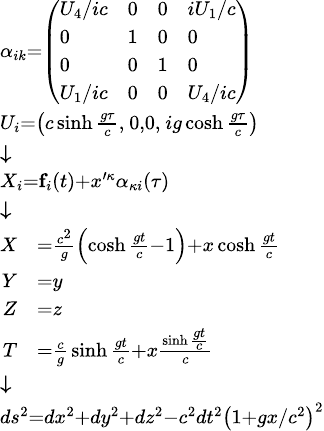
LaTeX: \scriptstyle{\begin{array}{l}{\alpha_{ik}=\left({\begin{array}{llll}{U_{4}/ic}&{0}&{0}&{iU_{1}/c}\\ {0}&{1}&{0}&{0}\\ {0}&{0}&{1}&{0}\\ {U_{1}/ic}&{0}&{0}&{U_{4}/ic}\end{array}}\right)}\\ {U_{i}=\left(c\sinh{\frac{g\tau}{c}},\ 0,0,\ ig\cosh{\frac{g\tau}{c}}\right)}\\ {{\boldsymbol{\downarrow}}}\\ {X_{i}=\mathbf{f}_{i}(t)+x^{\prime\kappa}\alpha_{\kappa i}(\tau)}\\ {{\boldsymbol{\downarrow}}}\\ {{\begin{array}{rl}{X}&{={\frac{c^{2}}{g}}\left(\cosh{\frac{gt}{c}}-1\right)+x\cosh{\frac{gt}{c}}}\\ {Y}&{=y}\\ {Z}&{=z}\\ {T}&{={\frac{c}{g}}\sinh{\frac{gt}{c}}+x{\frac{\sinh{\frac{gt}{c}}}{c}}}\end{array}}}\\ {{\boldsymbol{\downarrow}}}\\ {ds^{2}=dx^{2}+dy^{2}+dz^{2}-c^{2}dt^{2}\left(1+gx/c^{2}\right)^{2}}\end{array}}